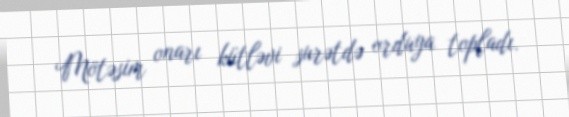
Mötəsim onarı kütləvi surətdə orduya topladı.